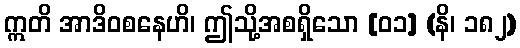
ဣတိ အာဒိဝစနေဟိ၊ ဤသို့အစရှိသော [၀၁] (နိ၊ ၁၈၂)